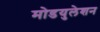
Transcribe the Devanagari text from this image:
मोडयुलेशन